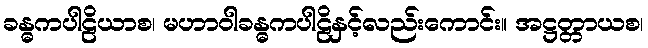
ခန္ဓကပါဠိယာစ၊ မဟာဝါခန္ဓကပါဠိနှင့်လည်းကောင်း။ အဋ္ဌတ္တာယစ၊